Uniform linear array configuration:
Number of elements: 48
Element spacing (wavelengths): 0.5
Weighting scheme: binomial
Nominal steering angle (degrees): -30
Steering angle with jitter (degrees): -28.389
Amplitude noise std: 0.05
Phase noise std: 0.05

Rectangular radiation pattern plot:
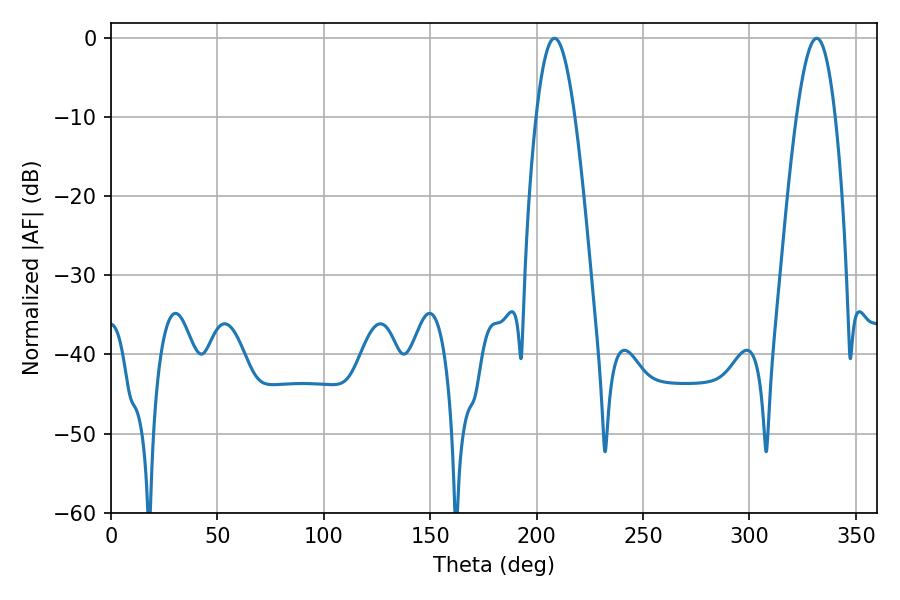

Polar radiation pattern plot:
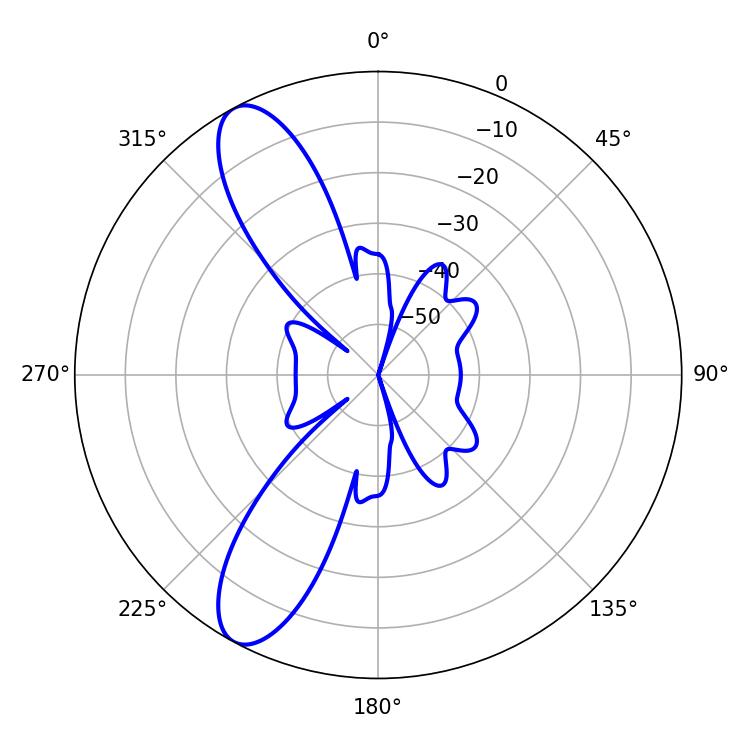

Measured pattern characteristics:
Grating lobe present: FALSE
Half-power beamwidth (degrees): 9.9
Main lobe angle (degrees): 208.44